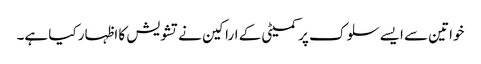
خواتین سے ایسے سلوک پر کمیٹی کے اراکین نے تشویش کا اظہار کیا ہے۔